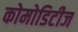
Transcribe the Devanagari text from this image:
कोमोडिटीज